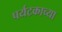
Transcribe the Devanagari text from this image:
पर्यटकाच्या